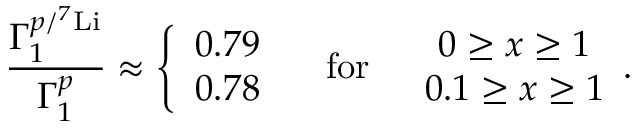
\frac { \Gamma _ { 1 } ^ { p / ^ { 7 } \mathrm { L i } } } { \Gamma _ { 1 } ^ { p } } \approx \left\{ \begin{array} { c } { { 0 . 7 9 } } \\ { { 0 . 7 8 } } \end{array} \right. \quad \mathrm { f o r } \quad \begin{array} { c } { { 0 \ge x \ge 1 } } \\ { { 0 . 1 \ge x \ge 1 } } \end{array} .